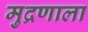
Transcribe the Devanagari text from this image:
मुद्रणाला